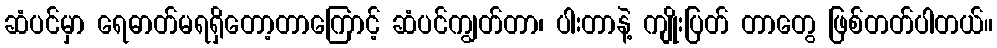
ဆံပင်မှာ ရေဓာတ်မရရှိတော့တာကြောင့် ဆံပင်ကျွတ်တာ၊ ပါးတာနဲ့ ကျိုးပြတ် တာတွေ ဖြစ်တတ်ပါတယ်။